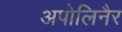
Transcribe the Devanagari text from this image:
अपोलिनैर